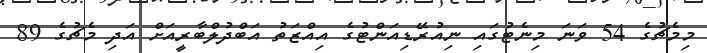
މިމެޗުގެ 54 ވަނަ މިނެޓުގައި ނިއުރޭޑިއަންޓުގެ އިއްޒަތު އަބްދުލްބާރީއަށް އަދި މެޗުގެ 89